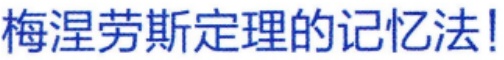
梅涅劳斯定理的记忆法!